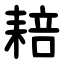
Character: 䎧